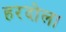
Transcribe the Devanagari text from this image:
हरदोला